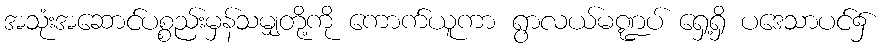
အသုံးအဆောင်ပစ္စည်းမှန်သမျှတို့ကို ကောက်ယူကာ ရွာလယ်မဏ္ဍပ် ရှေ့ရှိ ပဒေသာပင်၌